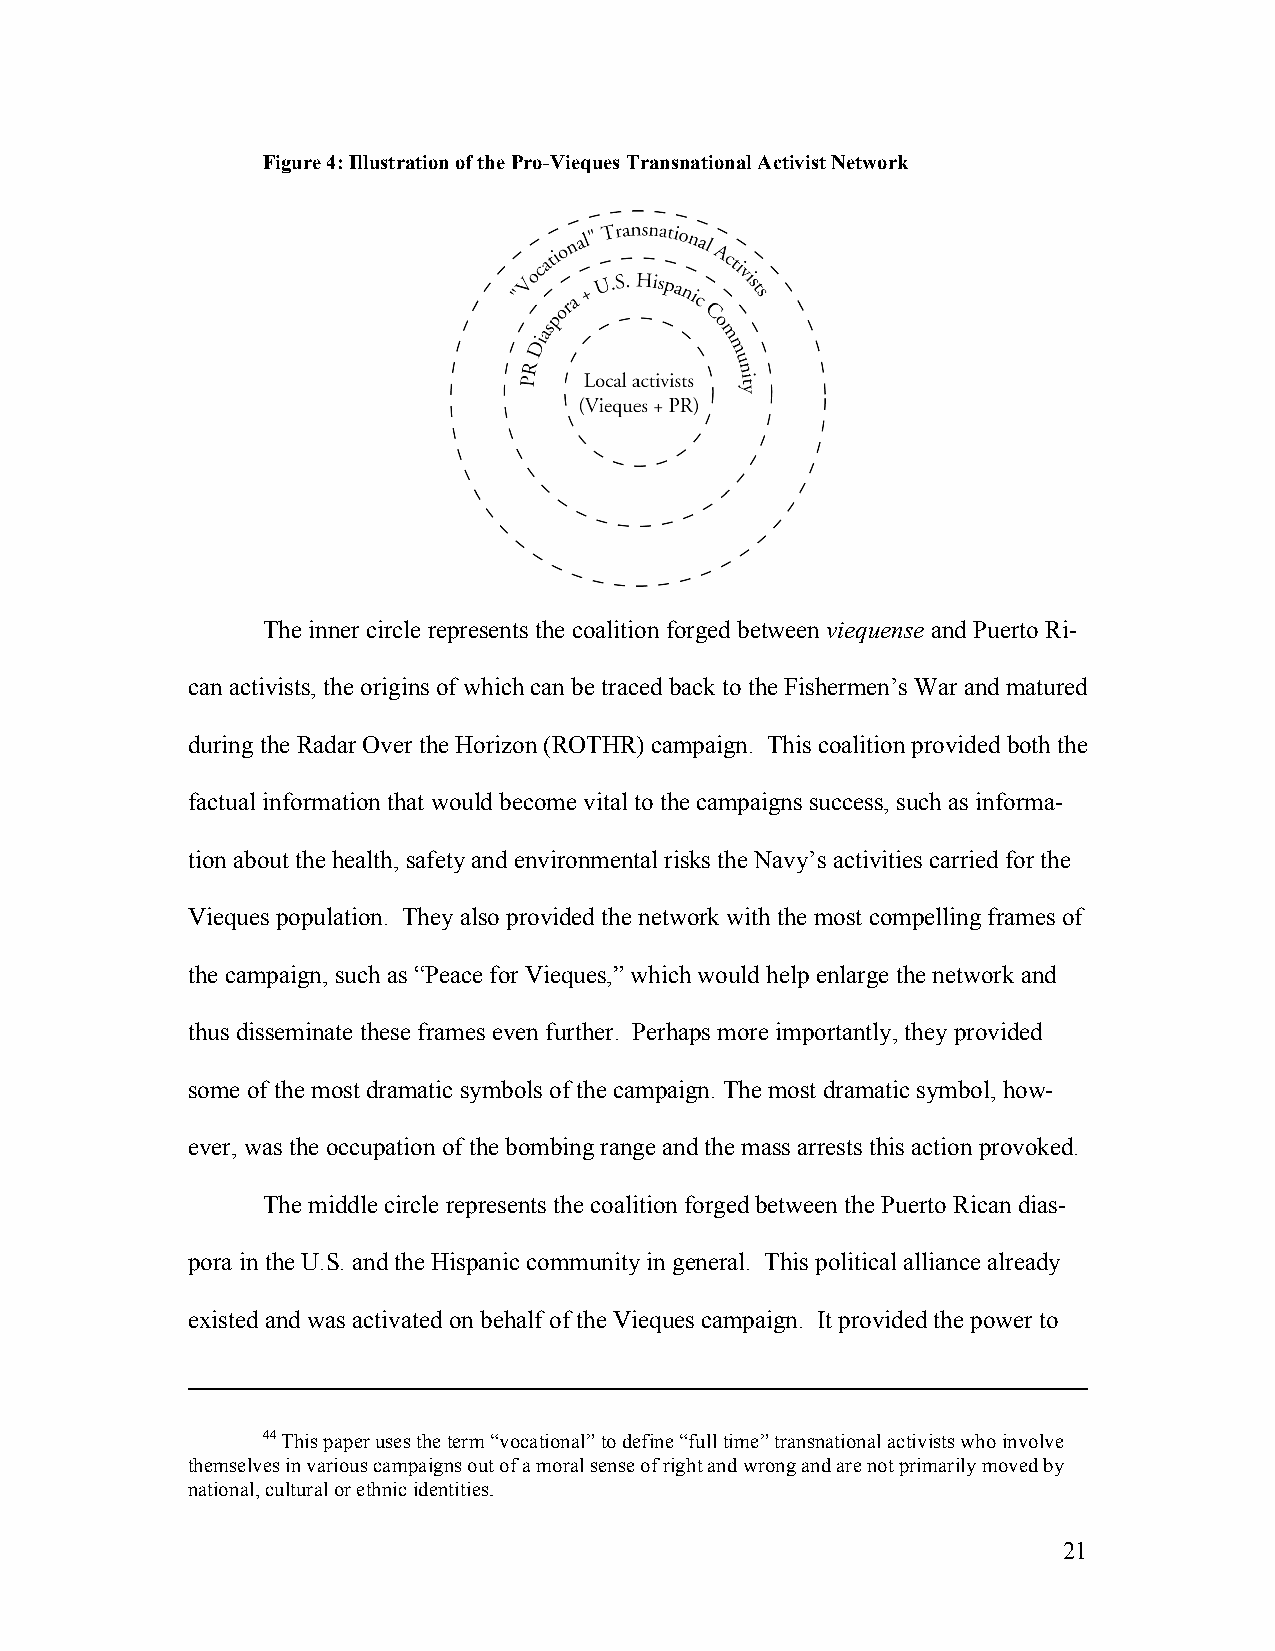
Figure 4: Illustration of the Pro-Vieques Transnational Activist Network
 The inner circle represents the coalition forged between viequense and Puerto Ri-
 can activists, the origins of which can be traced back to the Fishermen’s War and matured
 during the Radar Over the Horizon (ROTHR) campaign. This coalition provided both the
 factual information that would become vital to the campaigns success, such as informa-
 tion about the health, safety and environmental risks the Navy’s activities carried for the
 Vieques population. They also provided the network with the most compelling frames of
 the campaign, such as “Peace for Vieques,” which would help enlarge the network and
 thus disseminate these frames even further. Perhaps more importantly, they provided
 some of the most dramatic symbols of the campaign. The most dramatic symbol, how-
 ever, was the occupation of the bombing range and the mass arrests this action provoked.
 The middle circle represents the coalition forged between the Puerto Rican dias-
 pora in the U.S. and the Hispanic community in general. This political alliance already
 existed and was activated on behalf of the Vieques campaign. It provided the power to
 44 This paper uses the term “vocational” to define “full time” transnational activists who involve
 themselves in various campaigns out of a moral sense of right and wrong and are not primarily moved by
 national, cultural or ethnic identities.
 21